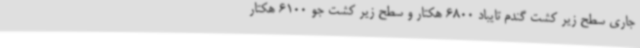
جاری سطح زیر کشت گندم تایباد 6800 هکتار و سطح زیر کشت جو 6100 هکتار